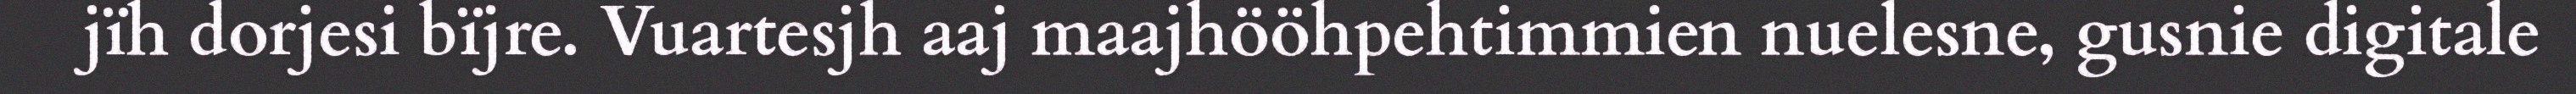
jïh dorjesi bïjre. Vuartesjh aaj maajhööhpehtimmien nuelesne, gusnie digitale